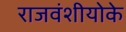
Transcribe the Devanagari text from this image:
राजवंशीयोके